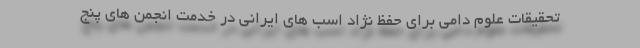
تحقیقات علوم دامی برای حفظ نژاد اسب های ایرانی در خدمت انجمن های پنج